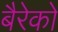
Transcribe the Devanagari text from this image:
बैरेको